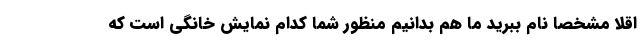
اقلا مشخصا نام ببرید ما هم بدانیم منظور شما کدام نمایش خانگی است که